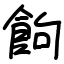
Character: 䬲